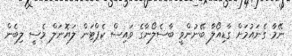
ނޭމާ ގެނައުމަށް ގާޑިއޯލާ ބޭނުންވީ ބާސެލޯނާގެ ވައިސް ކެޕްޓަން ލަޔޮނަލް މެސީ ލިބެން